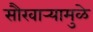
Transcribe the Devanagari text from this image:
सौरवार्‍यामुळे